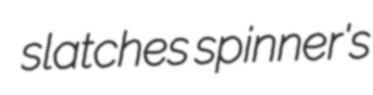
slatches spinner's